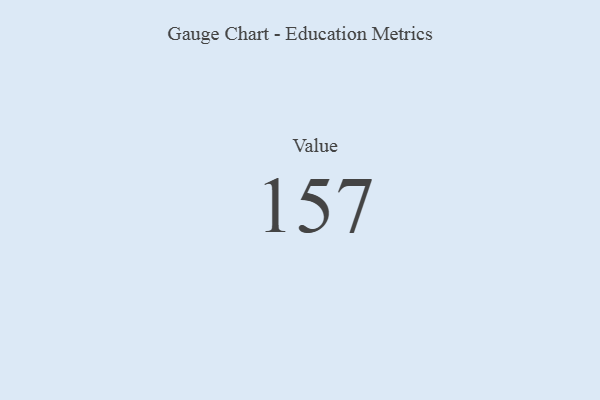
{"axis": {"x": "Metric", "y": "Value"}, "legend": [""], "data": [{"x": "Value", "y": 157, "type": ""}]}